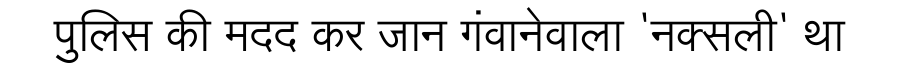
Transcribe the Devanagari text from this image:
पुलिस की मदद कर जान गंवानेवाला 'नक्सली' था